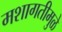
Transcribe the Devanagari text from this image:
मशागतीमुळे